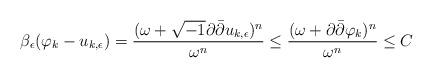
LaTeX: \begin{align*}\beta_{\epsilon}(\varphi_k-u_{k,\epsilon})=\frac{(\omega+\sqrt{-1}\partial\bar\partial u_{k,\epsilon})^n}{\omega^n}\leq\frac{(\omega+\partial\bar\partial \varphi_{k})^n}{\omega^n}\leq C\end{align*}